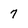
Character: 7